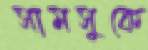
সামসুকে